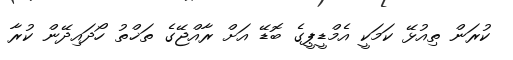
ކުރަން ތިއުޅޭ ކަމަކީ އެމްޑީޕީގެ ބޮޑޭ އަށް ރާއްޖޭގެ ތަޚްތު ހޯދައިދޭން ކުރާ